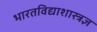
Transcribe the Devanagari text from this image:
भारतविद्याशास्त्रज्ञ